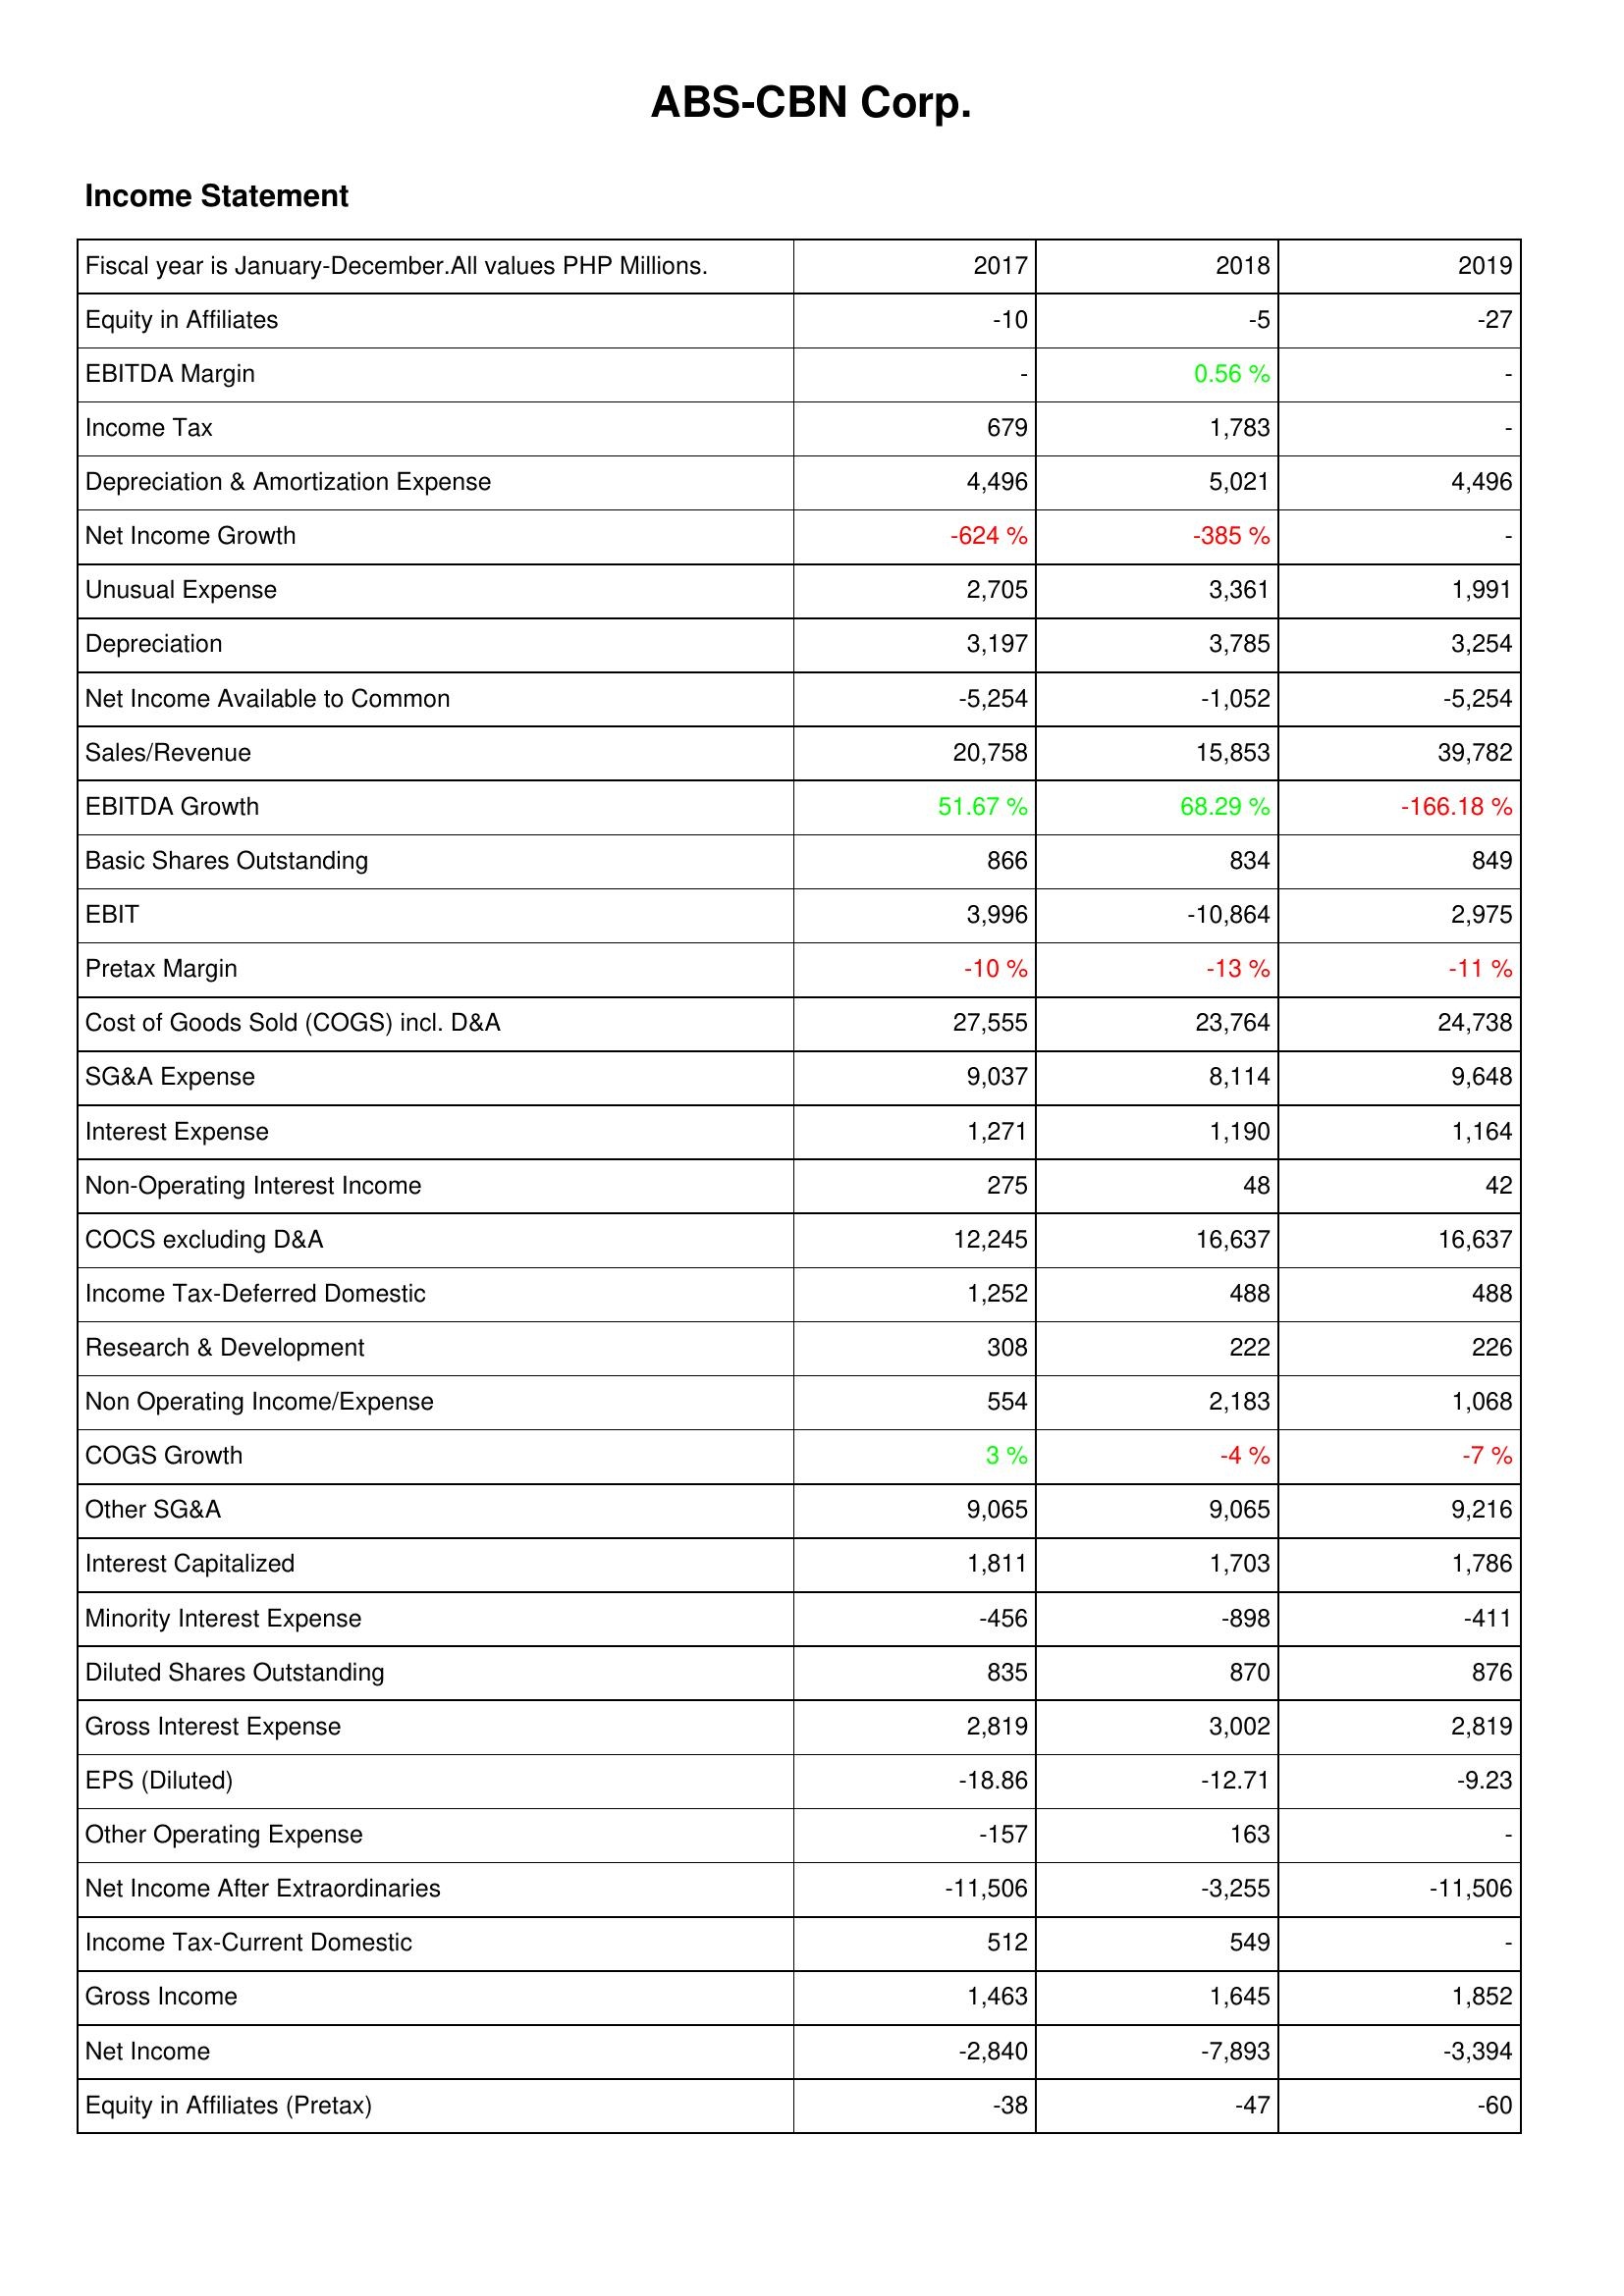
2017: Income Statement: Equity in Affiliates: -10
EBITDA Margin: -
Income Tax: 679
Depreciation & Amortization Expense: 4,496
Net Income Growth: -624 %
Unusual Expense: 2,705
Depreciation: 3,197
Net Income Available to Common: -5,254
Sales/Revenue: 20,758
EBITDA Growth: 51.67 %
Basic Shares Outstanding: 866
EBIT: 3,996
Pretax Margin: -10 %
Cost of Goods Sold (COGS) incl. D&A: 27,555
SG&A Expense: 9,037
Interest Expense: 1,271
Non-Operating Interest Income: 275
COCS excluding D&A: 12,245
Income Tax-Deferred Domestic: 1,252
Research & Development: 308
Non Operating Income/Expense: 554
COGS Growth: 3 %
Other SG&A: 9,065
Interest Capitalized: 1,811
Minority Interest Expense: -456
Diluted Shares Outstanding: 835
Gross Interest Expense: 2,819
EPS (Diluted): -18.86
Other Operating Expense: -157
Net Income After Extraordinaries: -11,506
Income Tax-Current Domestic: 512
Gross Income: 1,463
Net Income: -2,840
Equity in Affiliates (Pretax): -38
2018: Income Statement: Equity in Affiliates: -5
EBITDA Margin: 0.56 %
Income Tax: 1,783
Depreciation & Amortization Expense: 5,021
Net Income Growth: -385 %
Unusual Expense: 3,361
Depreciation: 3,785
Net Income Available to Common: -1,052
Sales/Revenue: 15,853
EBITDA Growth: 68.29 %
Basic Shares Outstanding: 834
EBIT: -10,864
Pretax Margin: -13 %
Cost of Goods Sold (COGS) incl. D&A: 23,764
SG&A Expense: 8,114
Interest Expense: 1,190
Non-Operating Interest Income: 48
COCS excluding D&A: 16,637
Income Tax-Deferred Domestic: 488
Research & Development: 222
Non Operating Income/Expense: 2,183
COGS Growth: -4 %
Other SG&A: 9,065
Interest Capitalized: 1,703
Minority Interest Expense: -898
Diluted Shares Outstanding: 870
Gross Interest Expense: 3,002
EPS (Diluted): -12.71
Other Operating Expense: 163
Net Income After Extraordinaries: -3,255
Income Tax-Current Domestic: 549
Gross Income: 1,645
Net Income: -7,893
Equity in Affiliates (Pretax): -47
2019: Income Statement: Equity in Affiliates: -27
EBITDA Margin: -
Income Tax: -
Depreciation & Amortization Expense: 4,496
Net Income Growth: -
Unusual Expense: 1,991
Depreciation: 3,254
Net Income Available to Common: -5,254
Sales/Revenue: 39,782
EBITDA Growth: -166.18 %
Basic Shares Outstanding: 849
EBIT: 2,975
Pretax Margin: -11 %
Cost of Goods Sold (COGS) incl. D&A: 24,738
SG&A Expense: 9,648
Interest Expense: 1,164
Non-Operating Interest Income: 42
COCS excluding D&A: 16,637
Income Tax-Deferred Domestic: 488
Research & Development: 226
Non Operating Income/Expense: 1,068
COGS Growth: -7 %
Other SG&A: 9,216
Interest Capitalized: 1,786
Minority Interest Expense: -411
Diluted Shares Outstanding: 876
Gross Interest Expense: 2,819
EPS (Diluted): -9.23
Other Operating Expense: -
Net Income After Extraordinaries: -11,506
Income Tax-Current Domestic: -
Gross Income: 1,852
Net Income: -3,394
Equity in Affiliates (Pretax): -60